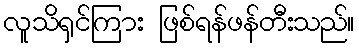
လူသိရှင်ကြား ဖြစ်ရန်ဖန်တီးသည်။